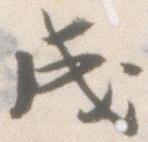
成